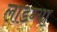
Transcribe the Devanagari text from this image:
लाडग्या